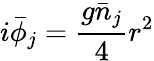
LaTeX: i\bar{\phi}_{j}=\frac{g\bar{n}_{j}}{4}r^{2}